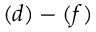
( d ) - ( f )